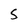
Character: S